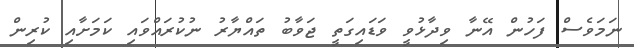
ނަމަވެސް ފަހުން އޭނާ ވިދާޅުވީ ވަޑައިގަތީ ޖަވާބު ތައްޔާރު ނުކުރައްވައި ކަމަށާއި ކުރިން